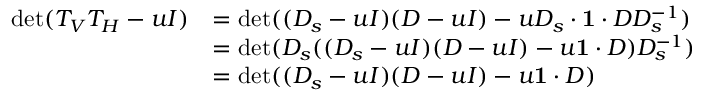
\begin{array} { r l } { \operatorname* { d e t } ( T _ { V } T _ { H } - u I ) } & { = \operatorname* { d e t } ( ( D _ { s } - u I ) ( D - u I ) - u D _ { s } \cdot \mathbf { 1 } \cdot D D _ { s } ^ { - 1 } ) } \\ & { = \operatorname* { d e t } ( D _ { s } ( ( D _ { s } - u I ) ( D - u I ) - u \mathbf { 1 } \cdot D ) D _ { s } ^ { - 1 } ) } \\ & { = \operatorname* { d e t } ( ( D _ { s } - u I ) ( D - u I ) - u \mathbf { 1 } \cdot D ) } \end{array}